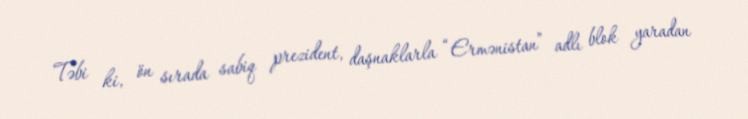
Təbi ki, ön sırada sabiq prezident, daşnaklarla “Ermənistan” adlı blok yaradan